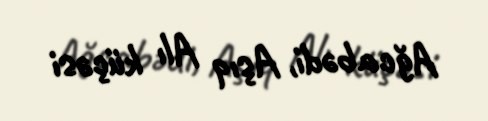
Ağcabədi, Aşıq Alı küçəsi